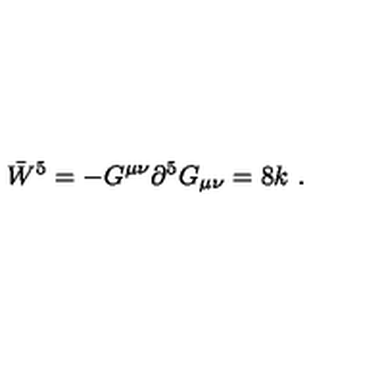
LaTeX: \bar { W } ^ { 5 } = - G ^ { \mu \nu } \partial ^ { 5 } G _ { \mu \nu } = 8 k \ .